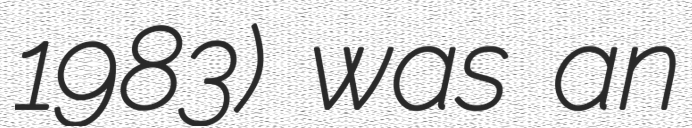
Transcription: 1983) was an